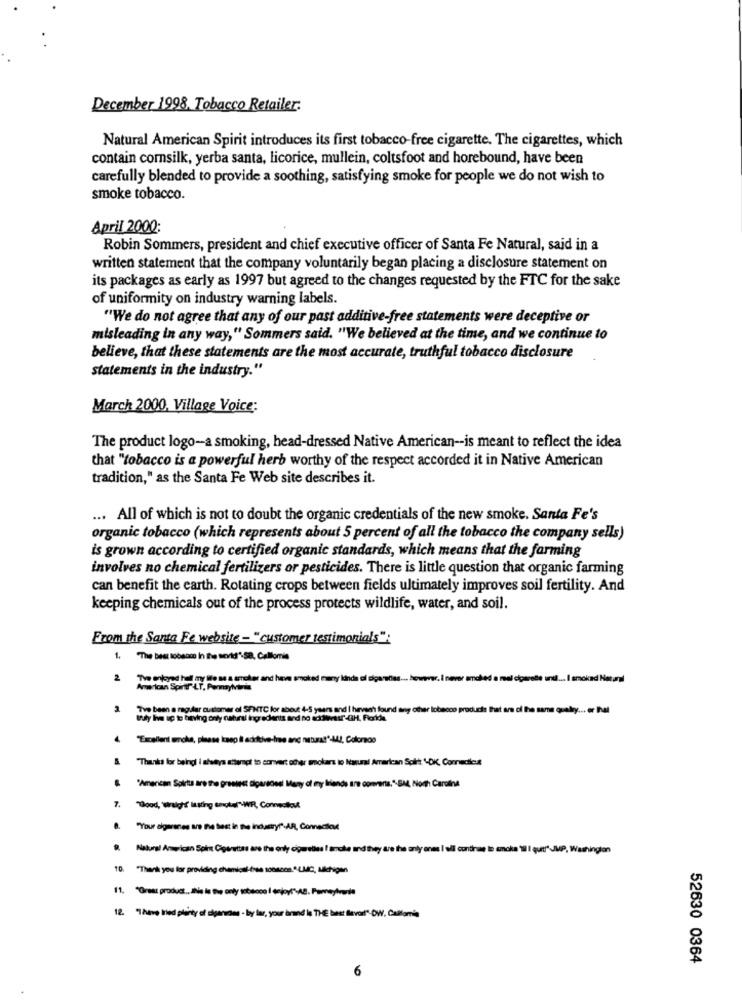
December 1998, Tobacco Retailer:
Natural American Spirit introduces its first tobacco-free cigarette. The cigarettes, which
contain comsilk, yerba santa, licorice, mullein, coltsfoot and horebound, have been
carefully blended to provide a soothing, satisfying smoke for people we do not wish to
smoke tobacco.
April 2000:
Robin Sommers, president and chief executive officer of Santa Fe Natural, said in a
written statement that the company voluntarily began placing a disclosure statement on
its packages as early as 1997 but agreed to the changes requested by the FTC for the sake
of uniformity on industry warning labels.
"We do not agree that any of our past additive-free statements were deceptive or
misleading in any way," Sommers said. "We believed at the time, and we continue to
believe, that these statements are the most accurate, truthful tobacco disclosure
statements in the industry."
March 2000, Village Voice:
The product logo-a smoking, head-dressed Native American -- is meant to reflect the idea
that "tobacco is a powerful herb worthy of the respect accorded it in Native American
tradition," as the Santa Fe Web site describes it.
... All of which is not to doubt the organic credentials of the new smoke. Santa Fe's
organic tobacco (which represents about 5 percent of all the tobacco the company sells)
is grown according to certified organic standards, which means that the farming
involves no chemical fertilizers or pesticides. There is little question that organic farming
can benefit the earth. Rotating crops between fields ultimately improves soil fertility. And
keeping chemicals out of the process protects wildlife, water, and soil.
From the Santa Fe website - "customer testimonials":
1. The best tobsom in the serid"-SB, Callomnis
2
The enloyed hel my Ble ms a terreler and heve smoked many lända ol sigaretiss ... however. I never amched a mal cigarede unil ... I amokad Histangl
American Spirtl"-LT, PenmayMaria
"Tve been a regder customer of SENTC for about 4-5 years and I hervech found any other tobacco products that are ci the same quality ... er Ihal
truly he ap te having only natural ingredients and no acidiavatar" -3H, Floride
"Excellent smoka, please keep il adrive-inse ang natura!"-MAI, Colorado
"Thanks for beingl i afetys attempt to convert other smokars to Natural American Spilt. "-OK, Connecticut
"American Soirtta are the greatest Elparecesi Many of eny friends are comments."-SM4, North Carolina
"Good, wigh liking contar"-WIR, Connecticut
8. "Your dearones are the best in the industry"-AR, Connection
Natural Anwican Spit Cigarettes are the only cigarettes I amala and the
drue to anche 'il I quit" JMP, Washington
10. "Thank you for providing chemical-(188 1008008.º LMC, Michigan
12. "There had plenty of digeridos . by law, your brand is THE best laval" DW, Castoria
52630 0364
6